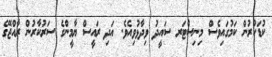
ކުޑަކުރުން ކަމުގައިވެސް މިނިސްޓަރ ސައީދު ވިދާޅުވިއެވެ. އަދި ރައީސް ޔާމީންގެ ސަރުކާރުން ރާއްޖޭގެ